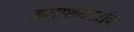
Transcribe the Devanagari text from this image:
मलाशयदर्शन